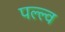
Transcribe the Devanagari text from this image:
पल्ल्व